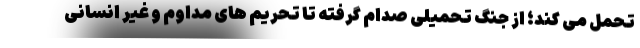
تحمل می کند؛ از جنگ تحمیلی صدام گرفته تا تحریم های مداوم و غیر انسانی